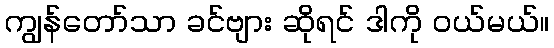
ကျွန်တော်သာ ခင်ဗျား ဆိုရင် ဒါကို ဝယ်မယ်။